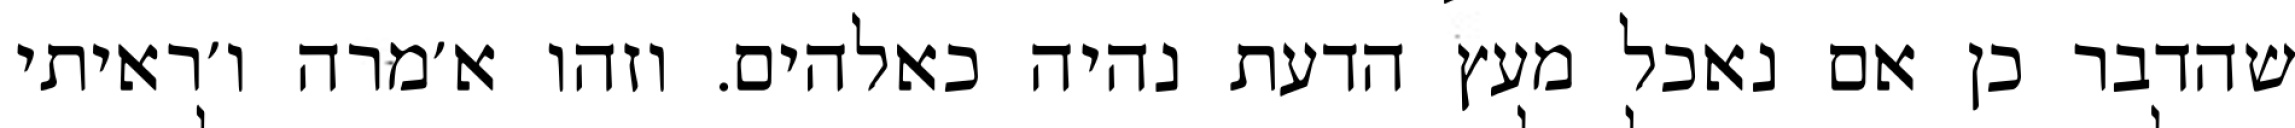
שהדבר כן אם נאכל מעץ הדעת נהיה כאלהים. וזהו א׳מרה ו׳ראיתי